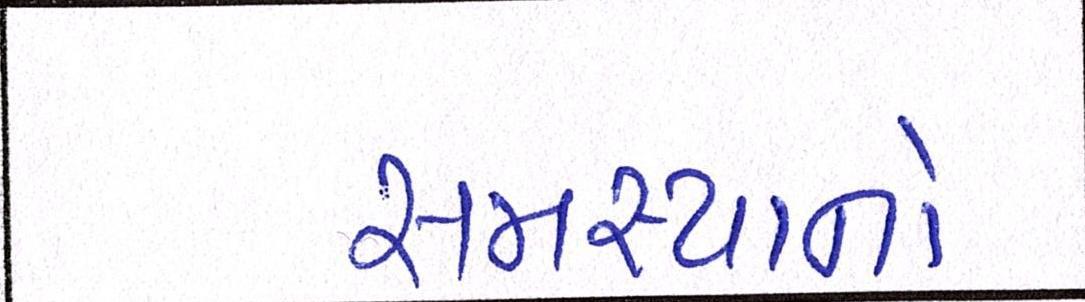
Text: સમસ્યાનો